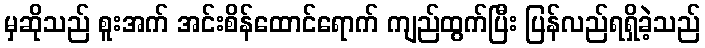
မှဆိုသည် စူးအက် အင်းစိန်ထောင်ရောက် ကျည်ထွက်ပြီး ပြန်လည်ရရှိခဲ့သည်